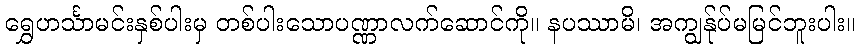
ရွှေဟင်္သာမင်းနှစ်ပါးမှ တစ်ပါးသောပဏ္ဏာလက်ဆောင်ကို။ နပဿာမိ၊ အကျွန်ုပ်မမြင်ဘူးပါး။